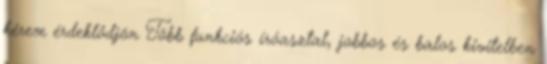
kérem érdeklődjön Több funkciós íróasztal, jobbos és balos kivitelben